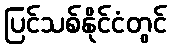
ပြင်သစ်နိုင်ငံတွင်